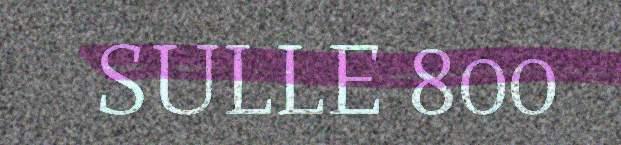
SULLE 800